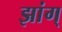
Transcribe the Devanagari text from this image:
झांग्